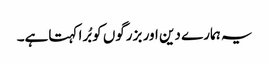
یہ ہمارے دین اور بزرگوں کو بُرا کہتاہے۔